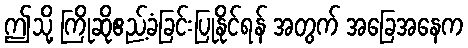
ဤသို့ ကြိုဆိုဧည့်ခံခြင်းပြုနိုင်ရန် အတွက် အခြေအနေက